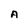
Character: A